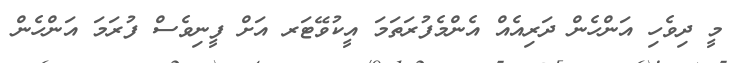
މީ ދިވެހި އަންހެން ދަރިއެއް އެންމެފުރަތަމަ އީކުވޭޓަރ އަށް ފީނިވެސް ފުރަމަ އަންހެން